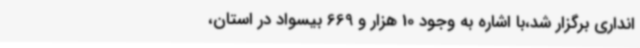
انداری برگزار شد،با اشاره به وجود 10 هزار و 669 بیسواد در استان،